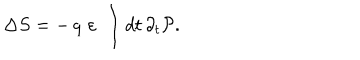
\Delta S = - \, q \, \, \varepsilon \; \int d t \, \partial _ { t } { \cal P } .